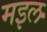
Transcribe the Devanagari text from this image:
मइल